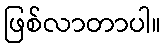
ဖြစ်လာတာပါ။